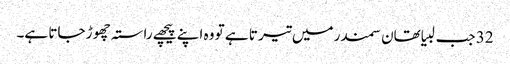
32 جب لبیا تھان سمندر میں تیر تا ہے تو وہ اپنے پیچھے راستہ چھو ڑ جاتا ہے۔